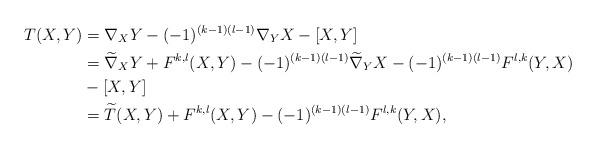
LaTeX: \begin{align*}T(X,Y)&=\nabla_XY-(-1)^{(k-1)(l-1)}\nabla_Y X-[X,Y]\\&=\widetilde{\nabla}_XY+F^{k,l}(X,Y)-(-1)^{(k-1)(l-1)}\widetilde{\nabla}_Y X-(-1)^{(k-1)(l-1)}F^{l,k}(Y,X)\\&-[X,Y]\\&=\widetilde{T}(X,Y)+F^{k,l}(X,Y)-(-1)^{(k-1)(l-1)}F^{l,k}(Y,X),\end{align*}